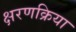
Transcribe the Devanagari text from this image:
क्षरणक्रिया